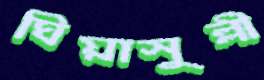
ঘিয়াসুল্লী